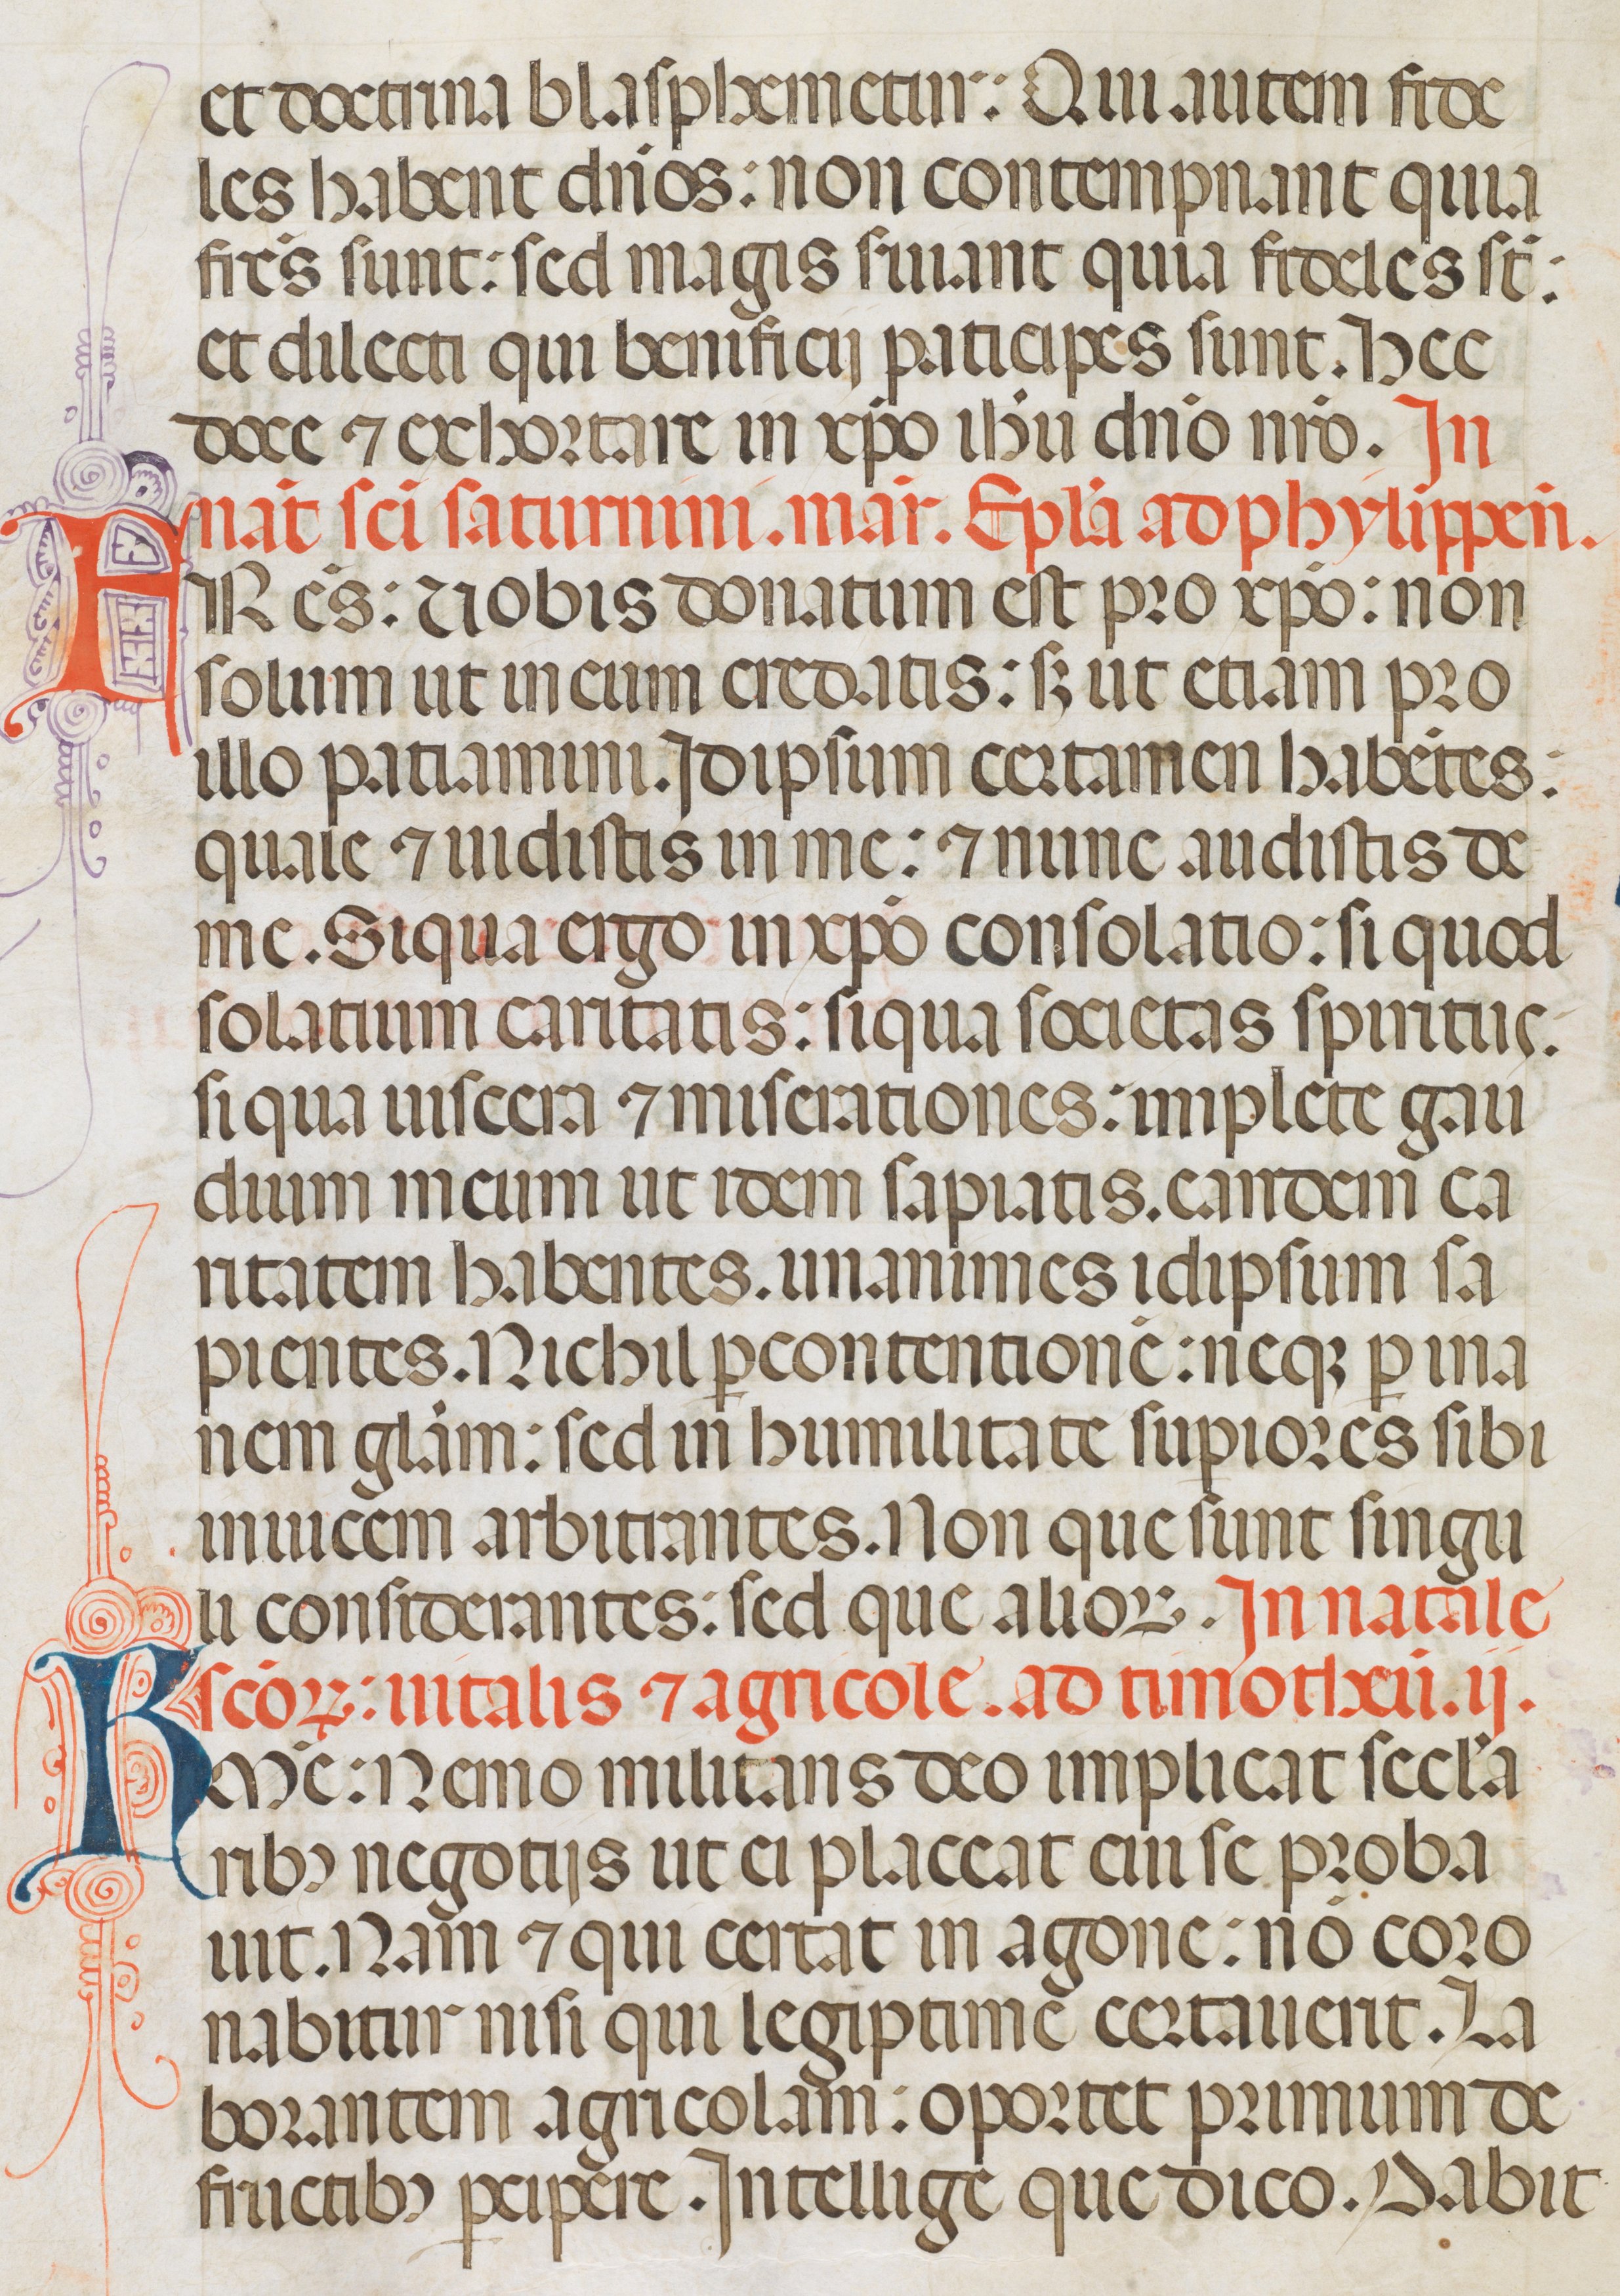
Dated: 1342–1342